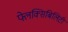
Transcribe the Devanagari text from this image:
फ्लेक्सिबिलिटी